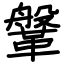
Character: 鞶